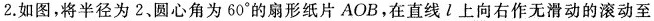
2.如图，将半径为2、圆心角为60°的扇形纸片AOB，在直线l上向右作无滑动的滚动至